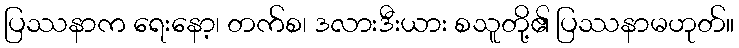
ပြဿနာက ရေးနော့၊ တက်စ၊ ဒလားဒီးယား စသူတို့၏ ပြဿနာမဟုတ်။